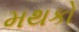
મથકો